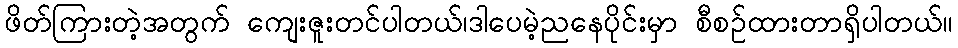
ဖိတ်ကြားတဲ့အတွက် ကျေးဇူးတင်ပါတယ်၊ဒါပေမဲ့ညနေပိုင်းမှာ စီစဉ်ထားတာရှိပါတယ်။